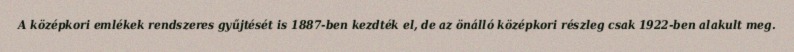
A középkori emlékek rendszeres gyűjtését is 1887-ben kezdték el, de az önálló középkori részleg csak 1922-ben alakult meg.